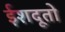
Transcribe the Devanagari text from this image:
ईशदूतो